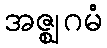
အဇ္ဈဂမံ